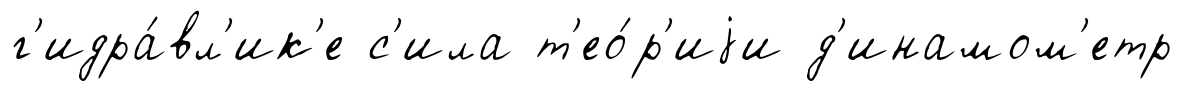
г'идра́вл'ик'е с'ила т'ео́р'иjи д'инамом'етр